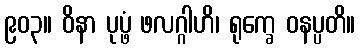
၉၀၃။ ဝိနာ ပုပ္ဖံ ဖလဂ္ဂါဟိ၊ ရုက္ခေ ဝနပ္ပတိ။